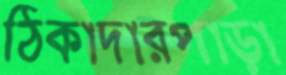
ঠিকাদারপাড়া